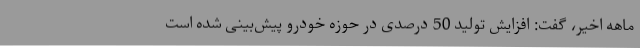
ماهه اخیر، گفت: افزایش تولید 50 درصدی در حوزه خودرو پیش‌بینی شده است